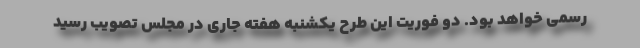
رسمی خواهد بود. دو فوریت این طرح یکشنبه هفته جاری در مجلس تصویب رسید